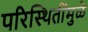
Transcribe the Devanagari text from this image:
परिस्थितींमुळे